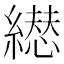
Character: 𦅋